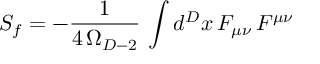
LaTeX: S _ { f } = - { \frac { 1 } { 4 \, \Omega _ { D - 2 } } } \, \int d ^ { D } x \, F _ { \mu \nu } \, F ^ { \mu \nu }